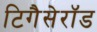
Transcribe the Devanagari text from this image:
टिगैसेरॉड